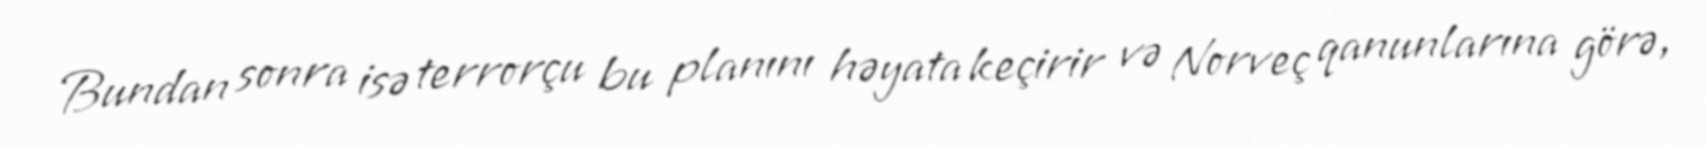
Bundan sonra isə terrorçu bu planını həyata keçirir və Norveç qanunlarına görə,